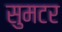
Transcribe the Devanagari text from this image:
सुमटर